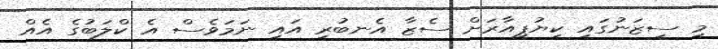
މި ސީޒަނުގައި ކިޔުޕީއާރަށް ސެޒާ އެނބުރި އައި ނަމަވެސް އެ ކްލަބުގެ އެއް